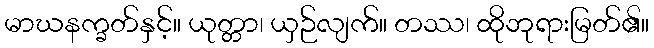
မာဃနက္ခတ်နှင့်။ ယုတ္တာ၊ ယှဉ်လျက်။ တဿ၊ ထိုဘုရားမြတ်၏။